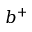
b ^ { + }